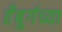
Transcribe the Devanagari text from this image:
हँबुर्गच्या